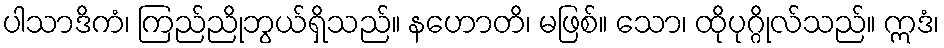
ပါသာဒိကံ၊ ကြည်ညိုဘွယ်ရှိသည်။ နဟောတိ၊ မဖြစ်။ သော၊ ထိုပုဂ္ဂိုလ်သည်။ ဣဒံ၊